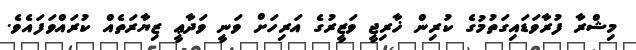
މިޝްރާ ފުރާވަޑައިގަތުމުގެ ކުރިން ޚާރިޖީ ވަޒީރުގެ އަރިހަށް ވަނީ ވަދާޢީ ޒިޔާރަތެއް ކުރައްވަފައެވެ.